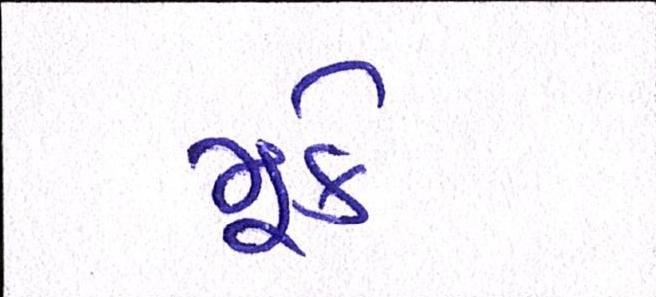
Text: મૂકે